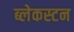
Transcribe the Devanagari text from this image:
ब्लेकस्टन